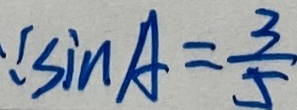
\because \sin A = \frac { 3 } { 5 }